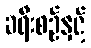
ခရီးစဉ်နှင့်